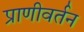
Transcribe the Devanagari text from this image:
प्राणीवर्तन